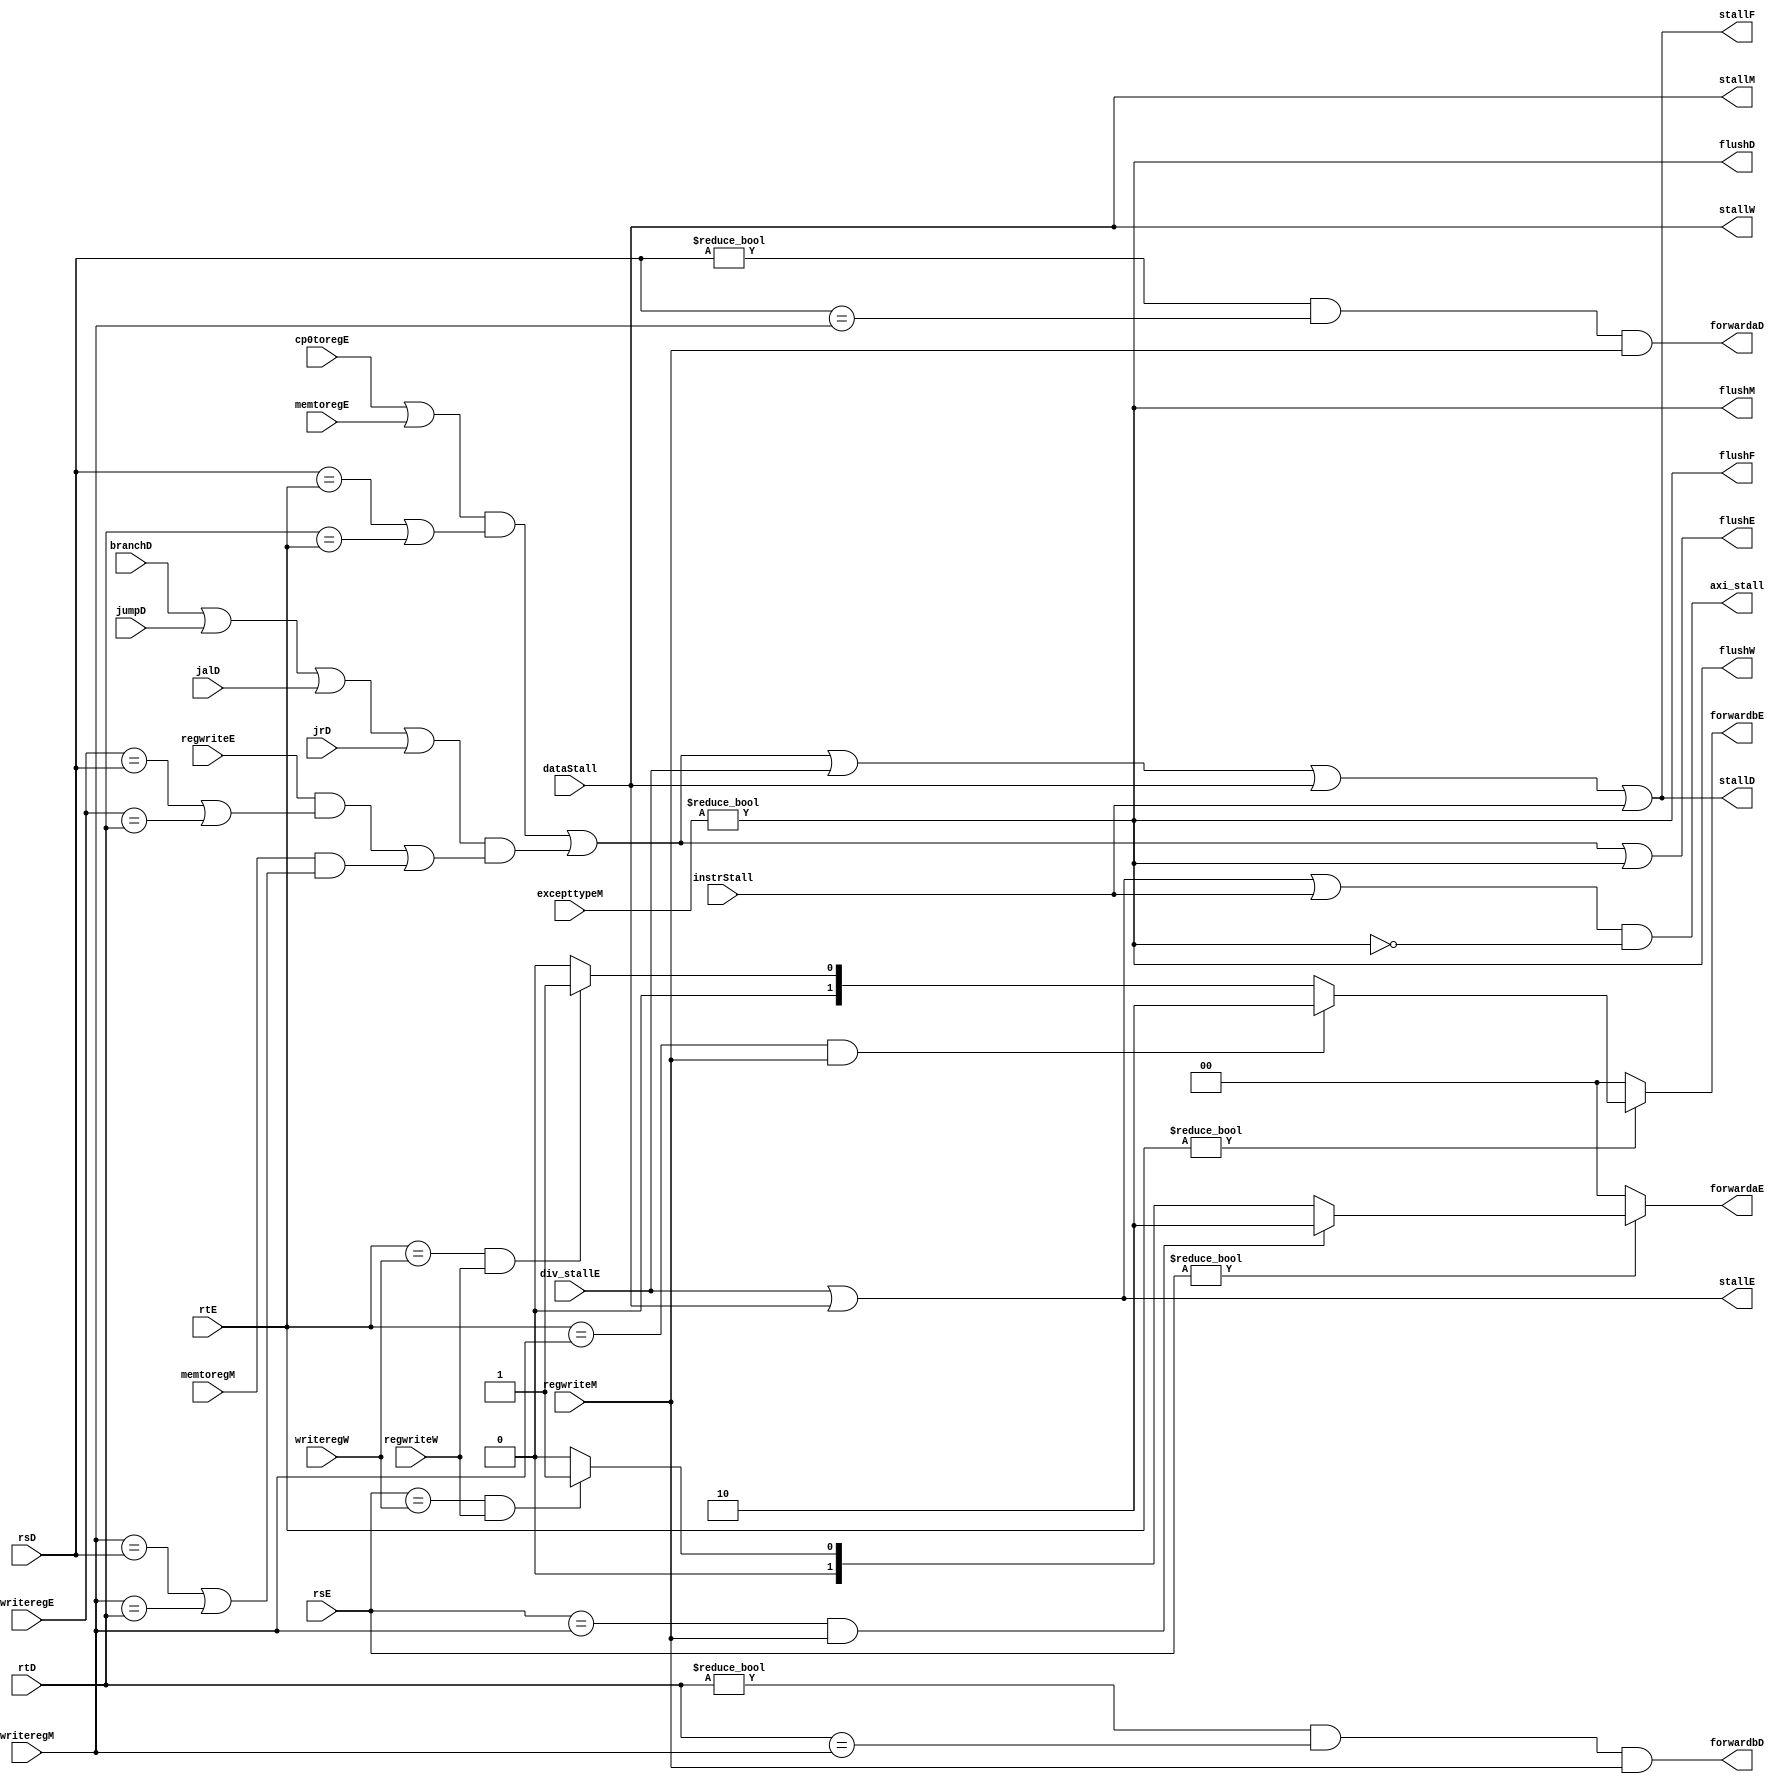
`timescale 1ns / 1ps
//////////////////////////////////////////////////////////////////////////////////
// Company: 
// Engineer: 
// 
// Design Name: 
// Module Name: hazard
// Project Name: 
// Target Devices: 
// Tool Versions: 
// Description: 
// 
// Dependencies: 
// 
// Revision:
// Revision 0.01 - File Created
// Additional Comments:
// 
//////////////////////////////////////////////////////////////////////////////////



module hazard(
	output wire stallF,
	input wire [4:0] rsD,rtD,
	input wire branchD,
	output wire forwardaD,forwardbD,
	output wire stallD,
	input wire[4:0] rsE,rtE,
	input wire[4:0] writeregE,
	input wire regwriteE,
	input wire memtoregE,
	output reg [1:0] forwardaE,forwardbE,
	output wire flushE,
	input wire [4:0] writeregM,
	input wire regwriteM,
	input wire memtoregM,
	input wire[4:0] writeregW,
	input wire regwriteW,	
	input wire jumpD,
	input wire div_stallE,
    output wire stallE,
	input wire jalD,jrD,
	input wire cp0toregE,
	input wire [31:0] excepttypeM,
	output wire flushF,
	output wire flushD,
	output wire flushM,
	output wire flushW,
	output wire stallM,
	output wire stallW,
	input wire instrStall,
	input wire dataStall,
	output wire axi_stall
    );

    /*regwriteMwriteregM
    */
    assign forwardaD = (rsD != 0 & rsD == writeregM & regwriteM);
    //
	assign forwardbD = (rtD != 0 & rtD == writeregM & regwriteM);
    //10ALU01
	always @(*) begin
		forwardaE = 2'b00;
		forwardbE = 2'b00;
		if(rsE != 0) begin
		//1ALU
			if(rsE == writeregM & regwriteM) begin
				forwardaE = 2'b10;
		//1
			end else if(rsE == writeregW & regwriteW) begin
				forwardaE = 2'b01;
			end
		end
		//
		if(rtE != 0) begin
			if(rtE == writeregM & regwriteM) begin
				forwardbE = 2'b10;
			end else if(rtE == writeregW & regwriteW) begin
				forwardbE = 2'b01;
			end
		end
	end
    //,mfc0
    wire lwstall;               
    assign lwstall =  (cp0toregE | memtoregE) & (rsD==rtE | rtD==rtE); 
    //
    wire branchstall;
    assign branchstall = (branchD | jumpD | jalD | jrD) 
                   & ((regwriteE & (writeregE == rsD | writeregE == rtD))
                   | (memtoregM & (writeregM == rsD | writeregM == rtD)));
                   
    wire  flushpipeline;
    //
	assign flushpipeline = (excepttypeM != 32'b0);
    assign stallF = lwstall | branchstall  | div_stallE  | dataStall | instrStall;
    assign flushF = flushpipeline;
    assign stallD = lwstall | branchstall  | div_stallE  | dataStall | instrStall;
    assign flushD = flushpipeline;
    assign flushE = lwstall |  branchstall | flushpipeline;
    assign stallE = div_stallE | dataStall;
    assign stallM = dataStall;
    assign flushM = flushpipeline;
    assign stallW = dataStall;
    assign flushW = flushpipeline;
    assign axi_stall = (div_stallE  | dataStall | instrStall)&&~flushpipeline;
    
endmodule